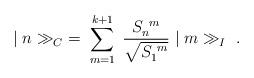
LaTeX: \begin{align*}\vert\; n \gg_C \; =\; \sum_{m=1}^{k+1}\; \frac{S_n^{\ m}}{\sqrt{S_1^{\ m}}}\; \vert\; m \gg_I \ .\end{align*}